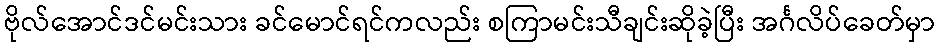
ဗိုလ်အောင်ဒင်မင်းသား ခင်မောင်ရင်ကလည်း စကြာမင်းသီချင်းဆိုခဲ့ပြီး အင်္ဂလိပ်ခေတ်မှာ